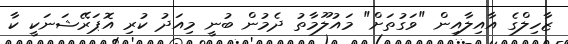
ޒާހިލްގެ އާއިލާއިން "ވަގުތަށް" މައުލޫމާތު ދެމުން ބުނީ މިއަދު ކުރި އޮޕަރޭޝަނަކީ ކާ